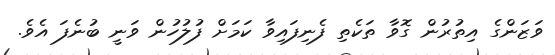
ވަޒަންގެ އިތުރުން ގޮވާ ތަކެތި ފެނިފައިވާ ކަމަށް ފުލުހުން ވަނީ ބުނެފަ އެވެ.